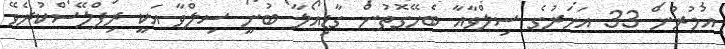
އުމުރުން 33 އަހަރުގެ ސިލްވާއާ ބެހޭގޮތުން ގާޑިއޯލާ ބުނީ ސިލްވާ އަކީ ރިޕްލޭސްކުރެވޭ